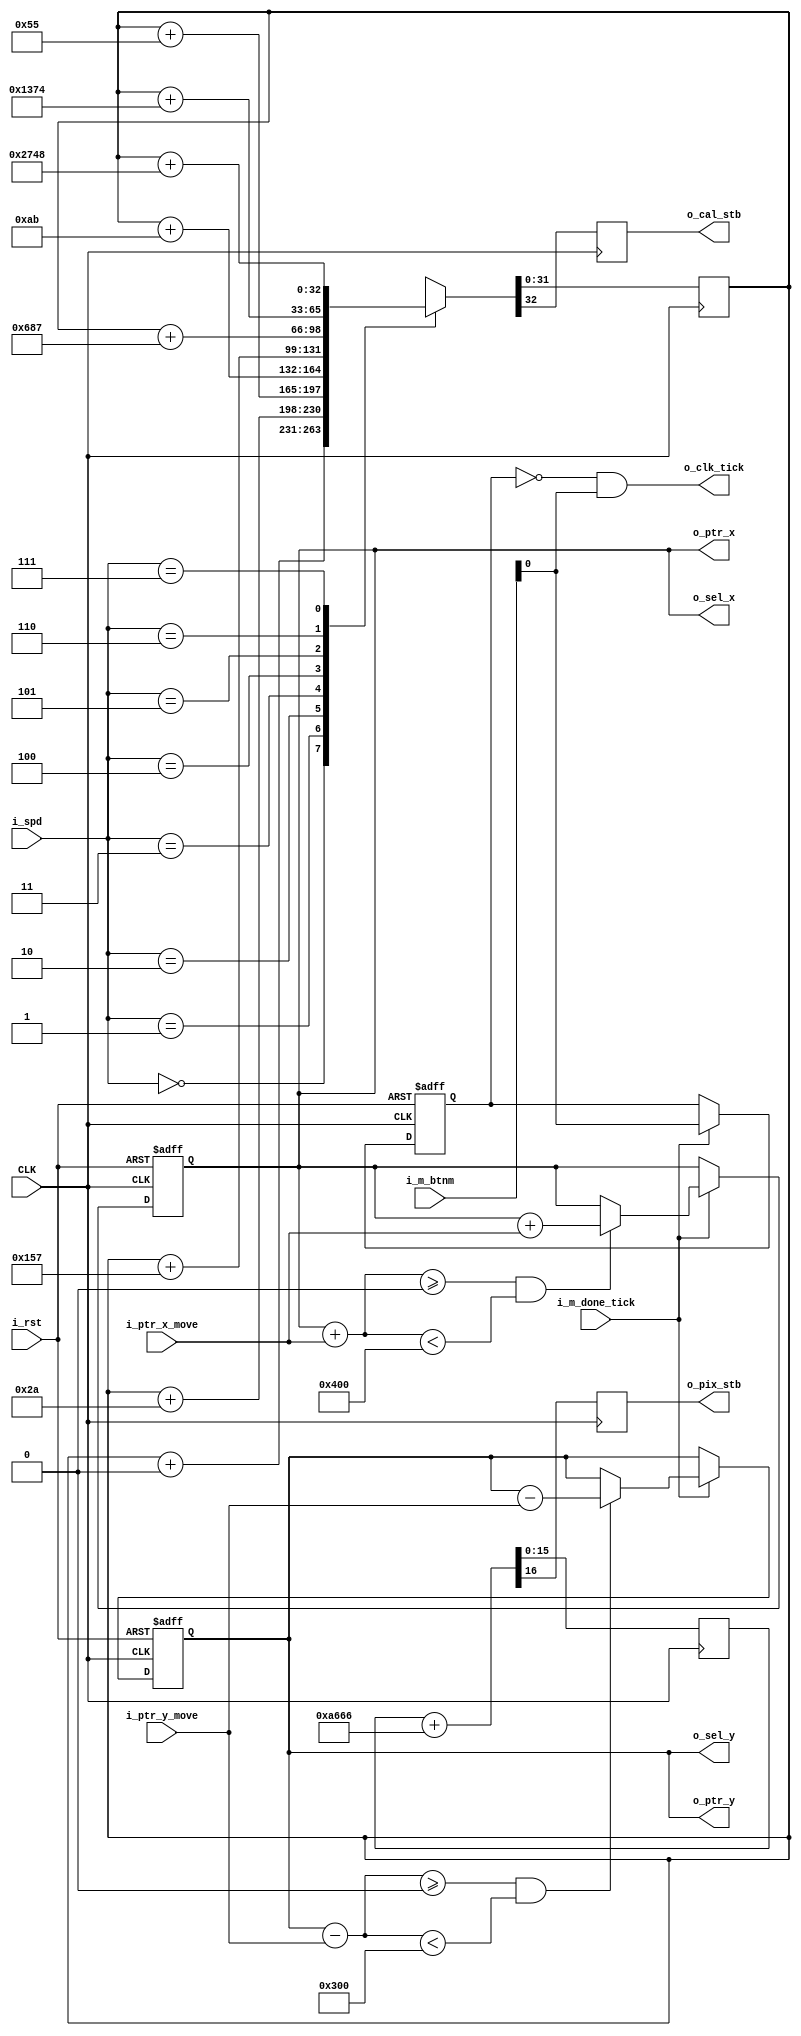
`timescale 1ns / 1ps
//////////////////////////////////////////////////////////////////////////////////
// Company: 
// Engineer: 
// 
// Design Name: 
// Module Name: logic_processor
// Project Name: 
// Target Devices: 
// Tool Versions: 
// Description: 
// 
// Dependencies: 
// 
// Revision:
// Revision 0.01 - File Created
// Additional Comments:
// 
//////////////////////////////////////////////////////////////////////////////////


module logic_processor #(
    parameter SCREEN_WIDTH  = 1024,
    parameter SCREEN_HEIGHT = 768,
    parameter PIXEL_X_WIDTH = 10,
    parameter PIXEL_Y_WIDTH = 10,
    parameter BOARD_WIDTH   = 50,
    parameter BOARD_HEIGHT  = 38,
    parameter CORD_X_WIDTH  = 6,
    parameter CORD_Y_WIDTH  = 6,
    parameter CELL_SIZE     = 20,
    parameter LR_SPACE      = (SCREEN_WIDTH - CELL_SIZE * BOARD_WIDTH) / 2,
    parameter UD_SPACE      = (SCREEN_HEIGHT - CELL_SIZE * BOARD_HEIGHT) / 2
    ) (
    input wire CLK,
    input wire i_rst,
    input wire [2:0] i_spd,
    input wire i_m_done_tick,
    input wire [8:0] i_ptr_x_move,
    input wire [8:0] i_ptr_y_move,
    input wire [2:0] i_m_btnm,
    output wire o_pix_stb,
    output wire o_cal_stb,
    output wire o_clk_tick,
    output wire [PIXEL_X_WIDTH-1:0] o_ptr_x,
    output wire [PIXEL_Y_WIDTH-1:0] o_ptr_y,
    output wire [PIXEL_X_WIDTH-1:0] o_sel_x,
    output wire [PIXEL_Y_WIDTH-1:0] o_sel_y
    );

    reg [PIXEL_X_WIDTH-1:0] ptr_x_reg;      // x
    reg [PIXEL_X_WIDTH-1:0] ptr_x_next;
    reg [PIXEL_Y_WIDTH-1:0] ptr_y_reg;      // y
    reg [PIXEL_Y_WIDTH-1:0] ptr_y_next;
    reg is_clk;
    reg is_clk_next;

    // 65MHz
    reg [15:0] clk_cnt_1;
    reg pix_stb;
    always @ (posedge CLK)
        {pix_stb, clk_cnt_1} <= clk_cnt_1 + 16'hA666;
    
    assign o_pix_stb = pix_stb;

    // 
    reg [31:0] clk_cnt_2;
    reg cal_stb;
    
    always @ (posedge CLK)
        begin
            case(i_spd)
                3'b000: {cal_stb, clk_cnt_2} <= clk_cnt_2 + 32'h00; // 0Hz
                3'b001: {cal_stb, clk_cnt_2} <= clk_cnt_2 + 32'h2A; // 1Hz
                3'b010: {cal_stb, clk_cnt_2} <= clk_cnt_2 + 32'h55; // 2Hz
                3'b011: {cal_stb, clk_cnt_2} <= clk_cnt_2 + 32'hAB; // 4Hz
                3'b100: {cal_stb, clk_cnt_2} <= clk_cnt_2 + 32'h157; // 8Hz
                3'b101: {cal_stb, clk_cnt_2} <= clk_cnt_2 + 32'h687; // 16Hz
                3'b110: {cal_stb, clk_cnt_2} <= clk_cnt_2 + 32'h1374; // 32Hz
                3'b111: {cal_stb, clk_cnt_2} <= clk_cnt_2 + 32'h2748; // 64Hz
            endcase
        end
    assign o_cal_stb = cal_stb;

    // 
    always @ (posedge CLK or posedge i_rst)
    begin
        if(i_rst)
        begin
            ptr_x_reg <= 0;
            ptr_y_reg <= 0;
            is_clk <= 0;
        end
        else if(i_m_done_tick)
        begin
            ptr_x_reg <= ptr_x_next;
            ptr_y_reg <= ptr_y_next;
            is_clk <= is_clk_next;
        end
    end

    always @ *
    begin
        is_clk_next = i_m_btnm[0];

        if($signed(ptr_x_reg) + $signed(i_ptr_x_move) >= 0 && $signed(ptr_x_reg) + $signed(i_ptr_x_move) < SCREEN_WIDTH)
            ptr_x_next = $signed(ptr_x_reg) + $signed(i_ptr_x_move);
        else ptr_x_next = ptr_x_reg;
        if($signed(ptr_y_reg) - $signed(i_ptr_y_move) >= 0 && $signed(ptr_y_reg) - $signed(i_ptr_y_move) < SCREEN_HEIGHT)
            ptr_y_next = $signed(ptr_y_reg) - $signed(i_ptr_y_move);
        else ptr_y_next = ptr_y_reg;
    end

    assign o_clk_tick = ~is_clk & is_clk_next;
    assign o_ptr_x = ptr_x_reg;
    assign o_ptr_y = ptr_y_reg;
    assign o_sel_x = ptr_x_reg;
    assign o_sel_y = ptr_y_reg;

endmodule